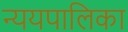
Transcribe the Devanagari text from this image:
न्ययपालिका